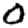
Digit: 0